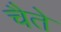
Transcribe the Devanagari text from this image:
चैते